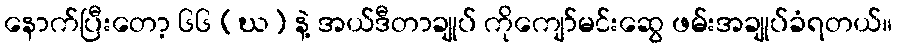
နောက်ပြီးတော့ ၆၆ (ဃ) နဲ့ အယ်ဒီတာချုပ် ကိုကျော်မင်းဆွေ ဖမ်းအချုပ်ခံရတယ်။